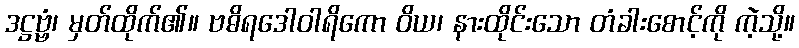
ဒဋ္ဌဗ္ဗံ၊ မှတ်ထိုက်၏။ ဗဓိရဒေါဝါရိကော ဝိယ၊ နားထိုင်းသော တံခါးစောင့်ကို ကဲ့သို့။